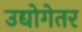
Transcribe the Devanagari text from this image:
उद्योगेतर